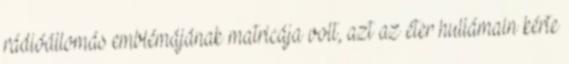
rádióállomás emblémájának matricája volt, azt az éter hullámain kérte